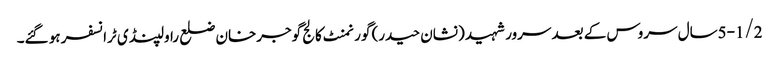
5-1/2سال سروس کے بعد سرور شہید (نشان حیدر) گورنمنٹ کالج گوجرخان ضلع راولپنڈی ٹرانسفر ہو گئے۔